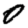
Digit: 0